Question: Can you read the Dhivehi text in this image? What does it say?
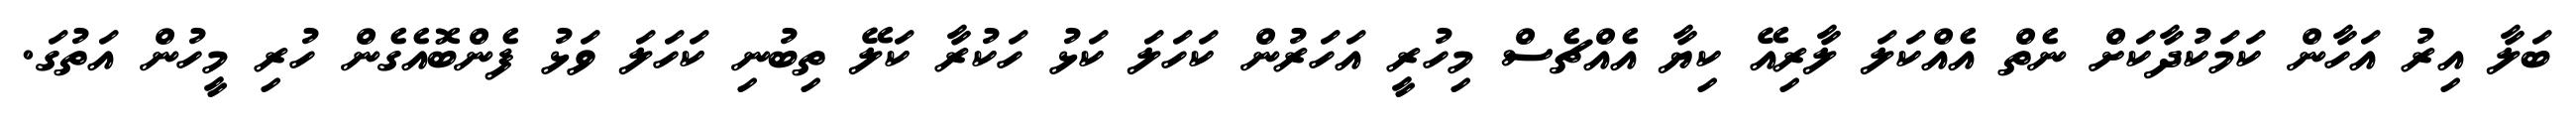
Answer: ބަލާ އިރު އަހާން ކަމަކުދާކަށް ނެތް އެއްކަލަ ލާރިއޭ ކިޔާ އެއްޗެސް މިހުރީ އަހަރުން ކަހަލަ ކަޅު ހަކުރާ ކަލޭ ތިބުނި ކަހަލަ ވަޅު ފެންބޮއެގެން ހުރި މީހުން އަތުގަ.